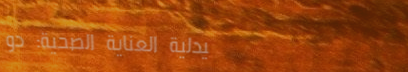
صيدلية العناية الصحية: دو